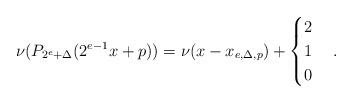
LaTeX: \begin{align*}\nu(P_{2^e+\Delta}(2^{e-1}x+p))=\nu(x-x_{e,\Delta,p})+\begin{cases}2&\\1&\\0&\end{cases}.\end{align*}